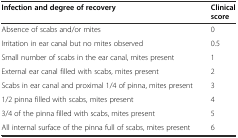
| Infection and degree of recovery | Clinical score |
 | --- | --- |
 | Absence of scabs and/or mites | 0 |
 | Irritation in ear canal but no mites observed | 0.5 |
 | Small number of scabs in the ear canal, mites present | 1 |
 | External ear canal filled with scabs, mites present | 2 |
 | Scabs in ear canal and proximal 1/4 of pinna, mites present | 3 |
 | 1/2 pinna filled with scabs, mites present | 4 |
 | 3/4 of the pinna filled with scabs, mites present | 5 |
 | All internal surface of the pinna full of scabs, mites present | 6 |